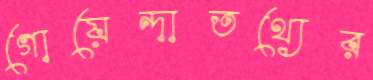
গোয়েন্দাতথ্যের